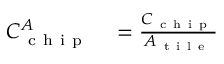
\begin{array} { r l } { C _ { \mathrm { ~ c ~ h ~ i ~ p ~ } } ^ { A } } & { { } = \frac { C _ { \mathrm { ~ c ~ h ~ i ~ p ~ } } } { A _ { \mathrm { ~ t ~ i ~ l ~ e ~ } } } } \end{array}